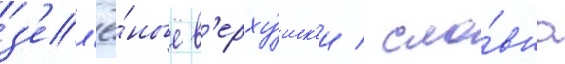
з'ел'ё́ные в'ерху́шк'и / сло́вно